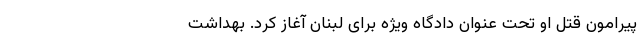
پیرامون قتل او تحت عنوان دادگاه ویژه برای لبنان آغاز کرد. بهداشت